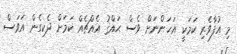
މި އުފާވެރި ކަމަކީ އަހަންނަށް ވެސް ޙައްޤު އެއްޗެއް ކަމަށް ދެކިގެން އަވަސް